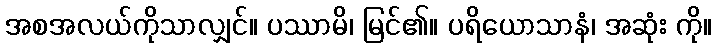
အစအလယ်ကိုသာလျှင်။ ပဿာမိ၊ မြင်၏။ ပရိယောသာနံ၊ အဆုံး ကို။